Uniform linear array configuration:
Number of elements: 16
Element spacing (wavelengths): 0.5
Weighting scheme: blackman
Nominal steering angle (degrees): -45
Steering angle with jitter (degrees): -44.441
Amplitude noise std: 0.05
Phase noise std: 0.05

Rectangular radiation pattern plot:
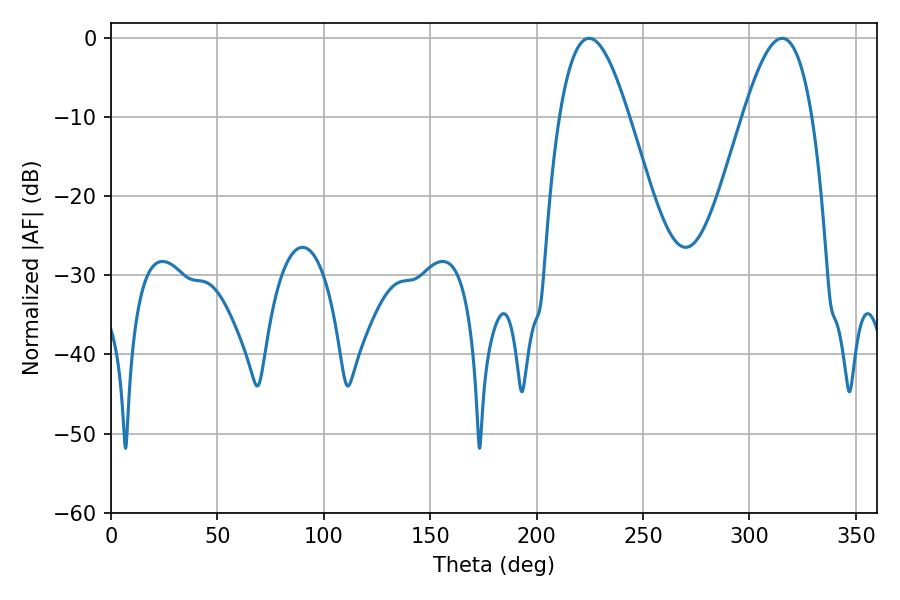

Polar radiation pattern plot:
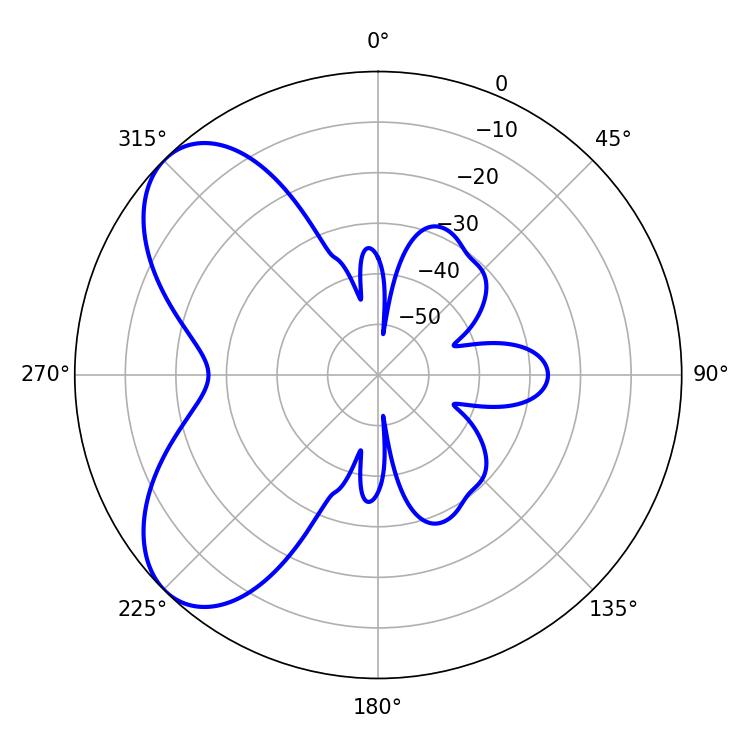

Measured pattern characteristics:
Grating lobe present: FALSE
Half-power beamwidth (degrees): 17.64
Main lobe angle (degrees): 224.64